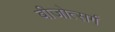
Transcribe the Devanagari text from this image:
बीजोत्सर्ग